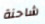
شاحنة